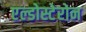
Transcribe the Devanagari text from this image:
एल्डोस्टेरोन